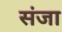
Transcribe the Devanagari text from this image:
संजा